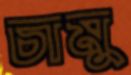
চামু